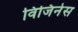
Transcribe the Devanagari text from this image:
विजिनेस